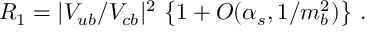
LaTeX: R _ { 1 } = | V _ { u b } / V _ { c b } | ^ { 2 } \, \left\{ 1 + O ( \alpha _ { s } , 1 / m _ { b } ^ { 2 } ) \right\} \, .